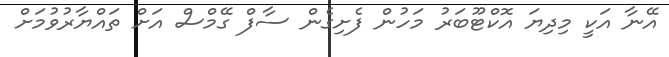
އޭނާ އަކީ މިދިޔަ އޮކްޓޫބަރު މަހުން ފެށިގެން ސާފް ގޭމްސް އަށް ތައްޔާރުވުމަށް